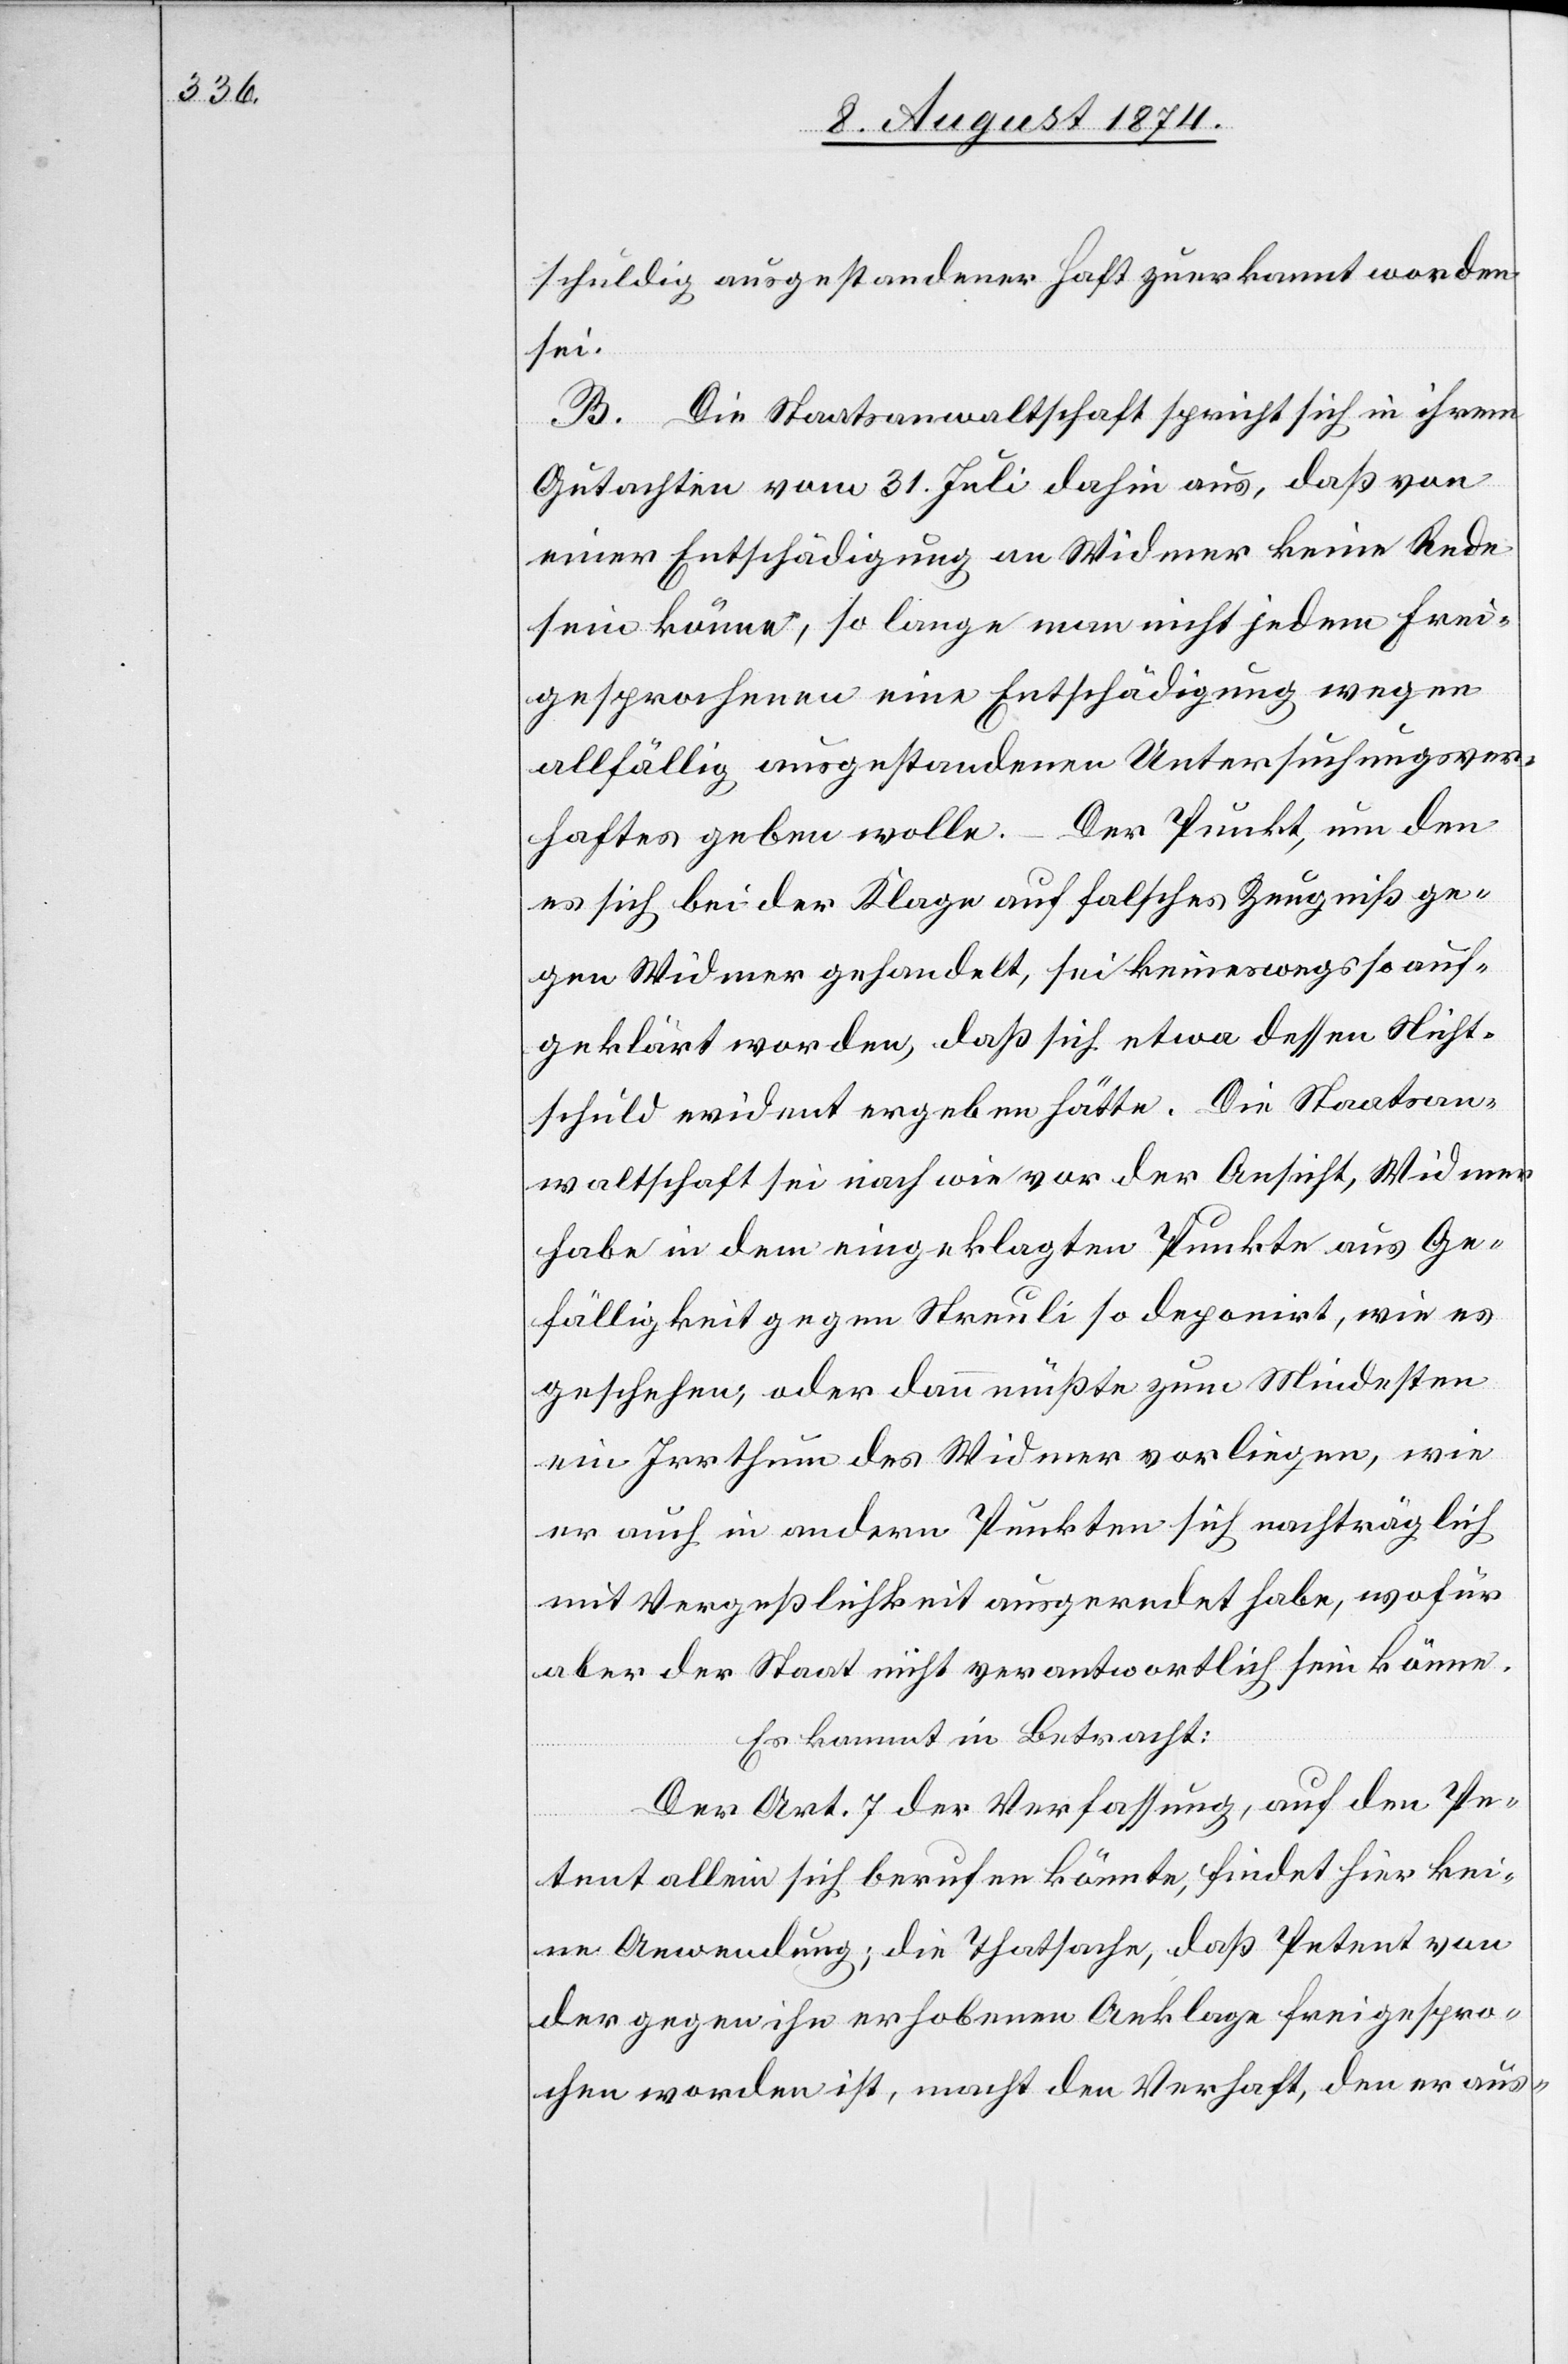
schuldig ausgestandener Haft zuerkannt worden
sei.
B. Die Staatsanwaltschaft spricht sich in ihrem
Gutachten vom 31. Juli dahin aus, daß von
einer Entschädigung an Widmer keine Rede
sein könne, so lange man nicht jedem Frei¬
gesprochenen eine Entschädigung wegen
allfällig ausgestandenen Untersuchungsver¬
haftes geben wolle. – Der Punkt, um den
es sich bei der Klage auf falsches Zeugniß ge¬
gen Widmer gehandelt, sei keineswegs so auf¬
geklärt worden, daß sich etwa dessen Nicht¬
schuld evident ergeben hätte. Die Staatsan¬
waltschaft sei nach wie vor der Ansicht, Widmer
habe in dem eingeklagten Punkte aus Ge¬
fälligkeit gegen Streuli so deponirt, wie es
geschehen, oder dann müßte zum Mindesten
ein Irrthum des Widmer vorliegen, wie
er auch in andern Punkten sich nachträglich
mit Vergeßlichkeit ausgeredet habe, wofür
aber der Staat nicht verantwortlich sein könne.
Es kommt in Betracht:
Der Art. 7 der Verfassung, auf den Pe¬
tent allein sich berufen könnte, findet hier kei¬
ne Anwendung; die Thatsache, daß Petent von
der gegen ihn erhobenen Anklage freigespro¬
chen worden ist, macht den Verhaft, den er aus-